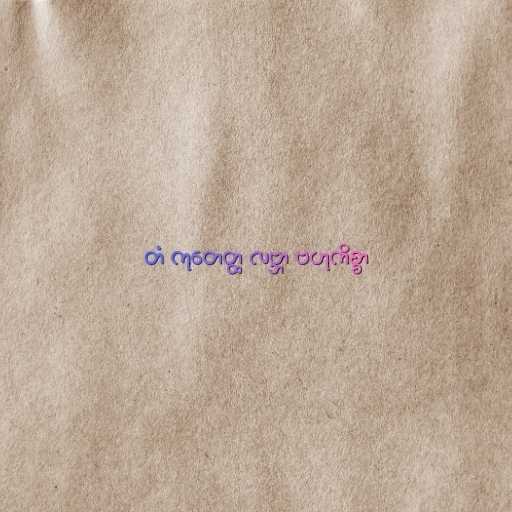
တံ ကုတေတ္ထ လဗ္ဘာ ဗဟုကိစ္စာ